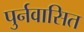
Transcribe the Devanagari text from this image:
पुर्नवासित